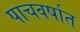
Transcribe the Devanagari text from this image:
पाचवर्षात